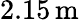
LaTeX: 2.15\, \mathrm{m}